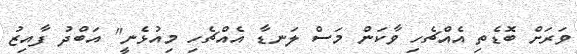
ވަރަށް ބޮޑެތި އެއްޗެހި ވާކަން މަސް ލަނޑާ އެއްޗެހި މިއުޅެނީ" އަބްދު ފާއިޒު